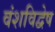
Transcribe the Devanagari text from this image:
वंशविद्वेष